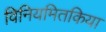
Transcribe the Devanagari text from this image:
विनियमितकिया